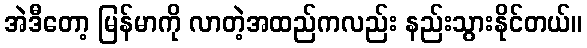
အဲဒီတော့ မြန်မာကို လာတဲ့အထည်ကလည်း နည်းသွားနိုင်တယ်။